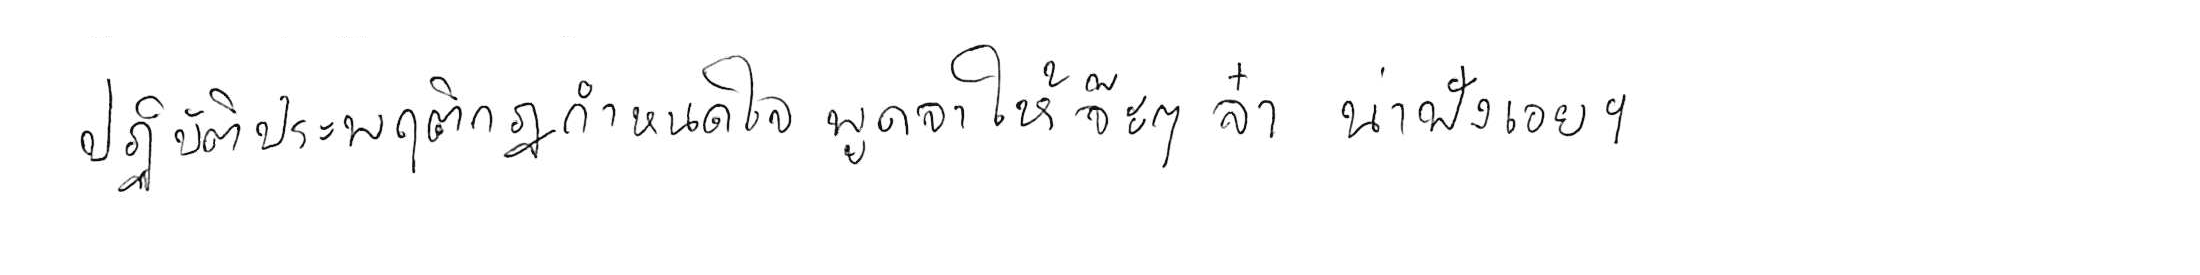
ปฏิบัติประพฤติกฎกำหนดใจ พูดจาให้จ๊ะๆ จ๋า น่าฟังเอยฯ